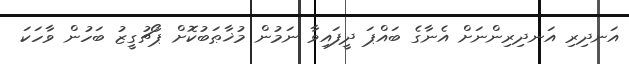
އަނދިރި އަނދިރިންނަށް އެނާގެ ބައްޕަ ދީފައިވާ ނަމުން މުޚާޠަބުކޮށް ޕޯޗުގީޒު ބަހުން ވާހަކަ